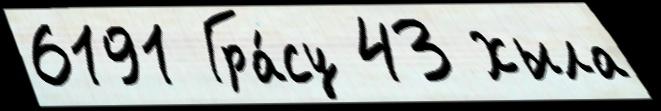
6191 Гра́су 43 Хыла